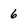
Character: 6